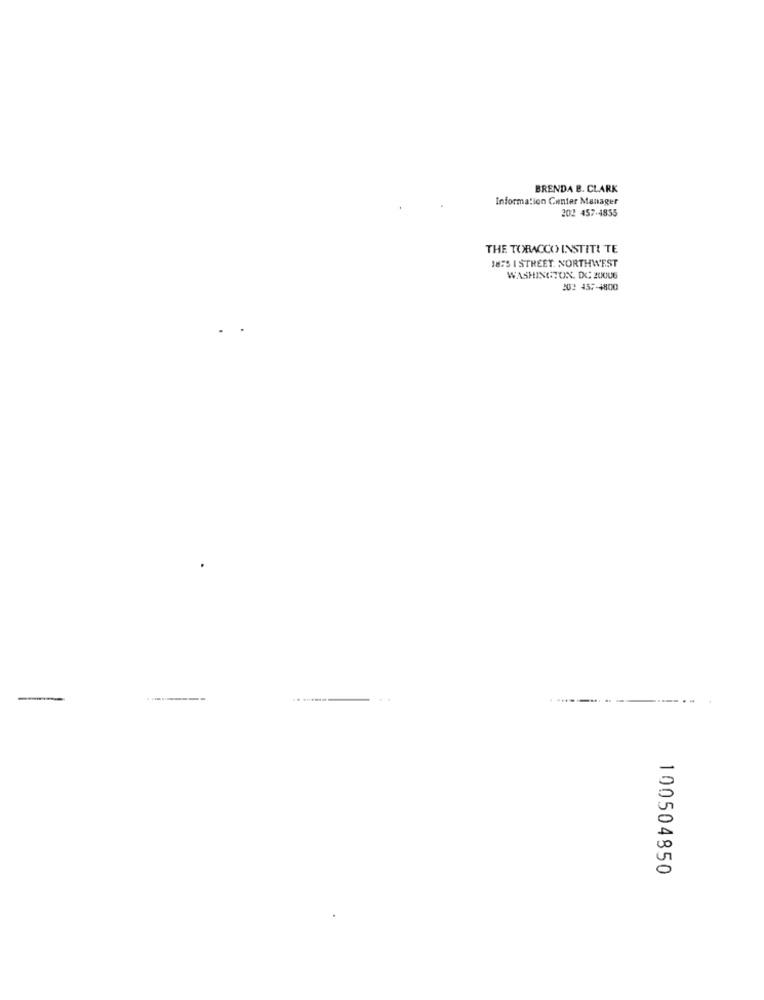
BRENDA B. CLARK
Information Center Manager
202 457-4835
THE TOBACCO INSTITU TE
1855 I STREET. NORTHWEST
WASHINGTON, DC 20006
20: 157-4800
100504850